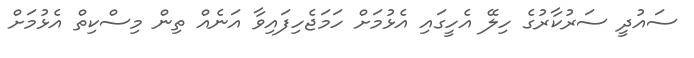
ސައުދީ ސަރުކާރުގެ ހިލޭ އެހީގައި އެޅުމަށް ހަމަޖެހިފައިވާ އަނެއް ތިން މިސްކިތް އެޅުމަށް